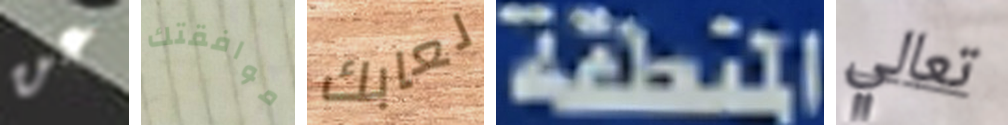
عن موافقتك لعابك المنطقة تعالي